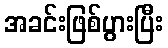
အခင်းဖြစ်ပွားပြီး